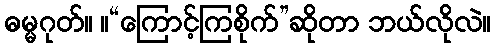
ဓမ္မဂုတ်။ ။“ကြောင့်ကြစိုက်”ဆိုတာ ဘယ်လိုလဲ။